Mental hospitals Bombay report 1921-28 - 1921-1928
Year: 1921
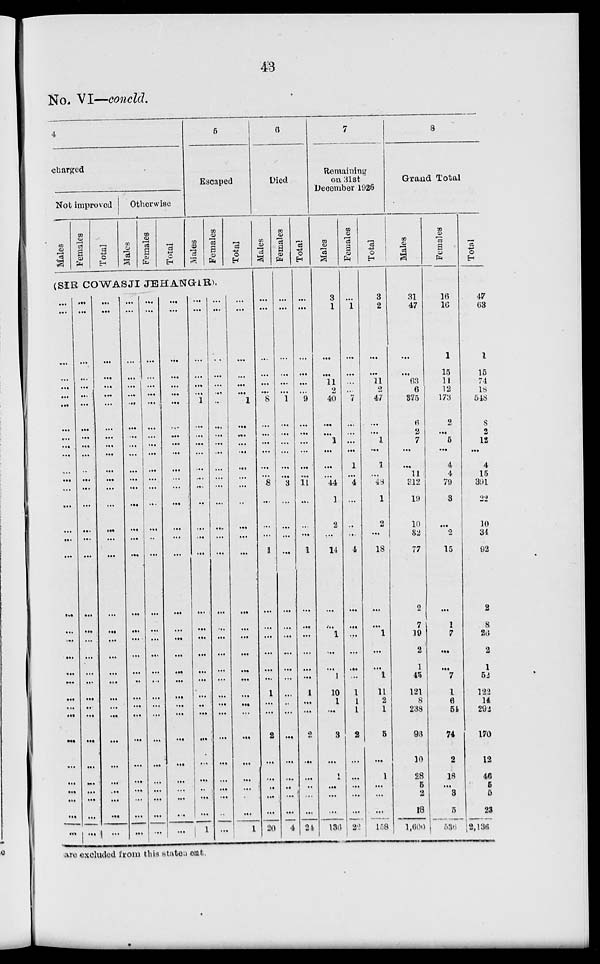
43
No. VI—concld.
4
charged
Not improved
Males
Females
Total
Otherwise
Males
Females
Total
5
Escaped
Males
Females
Total
(SIR COWASJI JEHANGIR).
...
...
...
...
...
...
...
...
...
...
...
...
...
...
...
...
...
...
...
...
...
...
...
...
...
...
...
...
...
...
...
...
...
...
...
...
...
...
...
...
...
...
...
...
...
...
...
...
...
...
...
...
...
...
...
...
...
...
...
...
...
...
...
...
...
...
...
...
...
...
...
...
...
...
...
...
...
...
...
...
...
...
...
...
...
...
...
...
...
...
...
...
...
...
...
...
...
...
...
...
...
...
...
...
...
...
...
...
...
...
...
...
...
...
...
...
...
...
...
...
...
...
...
...
...
...
...
...
...
...
...
...
...
...
...
...
...
...
...
...
...
...
...
...
...
...
...
...
...
...
...
...
...
...
...
...
...
...
...
...
...
...
...
...
...
...
...
...
...
...
...
...
...
...
...
...
...
...
...
...
...
...
...
...
...
...
...
...
...
...
...
...
...
...
...
...
...
...
...
...
...
...
...
...
...
...
...
...
1
...
... ...
...
...
...
...
...
...
...
...
...
...
...
...
...
...
...
...
...
...
...
...
...
...
...
1
...
...
...
...
...
...
...
...
...
...
...
...
...
...
...
...
...
...
...
...
...
...
...
...
...
...
...
...
...
...
...
...
...
...
...
...
...
...
...
...
1
...
...
...
...
...
...
...
...
...
...
...
...
...
...
...
...
...
...
...
...
...
...
...
...
...
...
1
6
Died
Males
...
...
...
...
...
...
8
...
... ...
...
...
...
8
...
...
...
1
...
...
...
...
...
...
1
...
...
2
...
...
...
...
...
20
Females
...
...
...
...
...
...
1
...
...
...
...
...
...
3
...
...
...
...
...
...
...
...
...
...
...
...
...
...
...
...
...
...
...
4
Total
...
...
...
...
...
...
9
...
...
...
...
...
...
11
...
...
...
1
...
...
...
...
...
...
1
...
...
2
...
...
...
...
...
24
7
Remaining
on 31st
December 1926
Males
3
1
...
...
11
2
40
...
...
1
...
...
...
44
1
2
...
14
...
...
1
...
...
1
10
1
...
3
...
1
...
...
...
136
Females
...
1
...
...
...
...
7
...
...
...
...
1
...
4
...
...
...
4
...
...
...
...
...
...
1
1
1
2
...
...
...
...
...
22
Total
3
2
...
...
11
2
47
...
... 1
...
1
...
48
1
2
...
18
...
...
1
...
...
1
11
2
1
5
...
1
...
...
...
158
8
Grand Total
Males
31
47
...
...
63
6
375
6
2
7
...
...
11
312
19
10
32
77
2
7
19
2
1
45
121
8
238
96
10
28
5
2
18
1,600
Females
16
16
1
15
11
12
173
2
...
5
...
4
4
79
3
...
2
15
...
1
7
...
...
7
1
6
54
74
2
18
...
3
5
536
Total
47
63
1
15
74
18
548
8
2
12
...
4
15
391
22
10
34
92
2
8
26
2
1
52
122
14
292
170
12
46
5
5
23
2,136
are excluded from this statement.